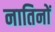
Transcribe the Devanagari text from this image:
नातिनों